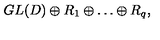
G L ( D ) \oplus R _ { 1 } \oplus \dots \oplus R _ { q } ,